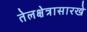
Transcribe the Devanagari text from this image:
तेलक्षेत्रासारखे